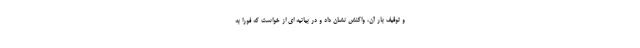
و توقیف بار آن، واکنش نشان داد و در بیانیه ای از خواست که فوراً به